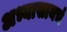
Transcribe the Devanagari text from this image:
अभ्यासायचं